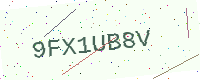
Text: 9FX1UB8V